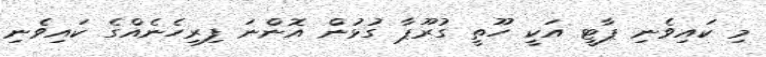
މި ކައިވެނި ޕާޓީ އަކީ ހޫތީ ގުރޫޕާ ގުޅުން އޮންނަ ފިރިހެނެއްގެ ކައިވެނި